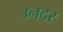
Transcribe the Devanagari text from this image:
उनदर